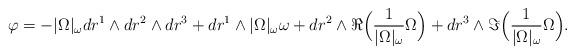
LaTeX: \begin{align*} \varphi = -|\Omega|_\omega dr^1 \wedge dr^2 \wedge dr^3 + dr^1 \wedge |\Omega|_\omega \omega + dr^2 \wedge \Re \Big( \frac{1}{|\Omega|_\omega} \Omega \Big) + dr^3 \wedge \Im \Big( \frac{1}{|\Omega|_\omega} \Omega \Big).\end{align*}